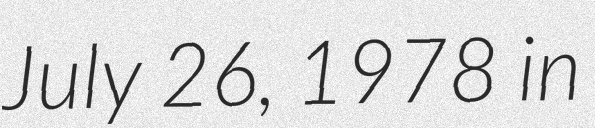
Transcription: July 26, 1978 in